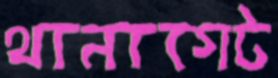
থানাগেট